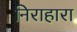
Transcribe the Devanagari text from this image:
निराहारा